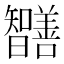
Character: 𭨔